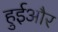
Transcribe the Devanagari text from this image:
हुईऔर